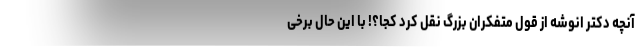
آنچه دکتر انوشه از قول متفکران بزرگ نقل کرد کجا؟! با این حال برخی